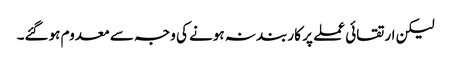
لیکن ارتقائی عملے پر کاربند نہ ہونے کی وجہ سے معدوم ہوگئے۔